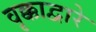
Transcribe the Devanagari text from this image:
वृक्काद्वारे